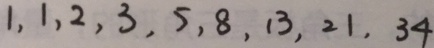
1 , 1 , 2 , 3 , 5 , 8 , 1 3 , 2 1 , 3 4